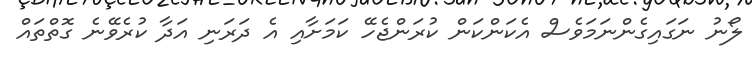
ލޯނު ނަގައިގެންނަމަވެސް އެކަންކަން ކުރަންޖެހޭ ކަމަށާއި އެ ދަރަނި އަދާ ކުރެވޭނެ ގޮތްތައް